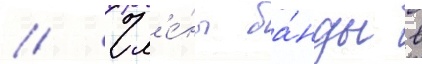
// Чл'е́ны ба́нды в